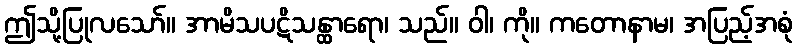
ဤသို့ပြုလသော်။ အာမိသပဋိသန္ထာရော၊ သည်။ ဝါ၊ ကို။ ကတောနာမ၊ အပြည့်အစုံ